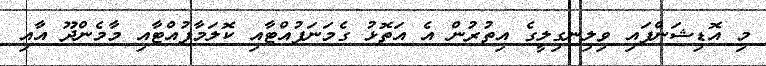
މި އޮޑިޝަންފައި ވިލިނގިލީގެ އިތުރުން އެ އަތޮޅު ގެމަނަފުއްޓާއި ކޮލަމާފުއްޓާއި މާމެންދޫ އާއި